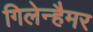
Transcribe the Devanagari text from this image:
गिलेन्हैमर